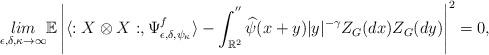
LaTeX: \begin{align*}\underset{\epsilon,\delta,\kappa \rightarrow \infty}{lim}\mathbb{E}\left|\langle:X\otimes X:,\Psi_{\epsilon,\delta,\psi_\kappa}^f \rangle - \int_{\mathbb{R}^2}^{''} \widehat{\psi}(x+y)|y|^{-\gamma}Z_G(dx)Z_G(dy)\right|^2=0,\end{align*}